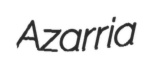
Azarria